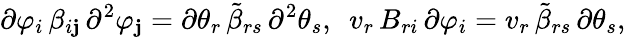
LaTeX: \partial\varphi_{i}\, \beta_{i\mathbf{j}}\, \partial^{2}\varphi_{\mathbf{j}}=\partial\theta_{r}\, {\tilde{{\beta}}}_{rs}\, \partial^{2}\theta_{s},\ \ v_{r}\, B_{ri}\, \partial\varphi_{i}=v_{r}\, {\tilde{{\beta}}}_{rs}\, \partial\theta_{s},